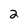
Character: 2